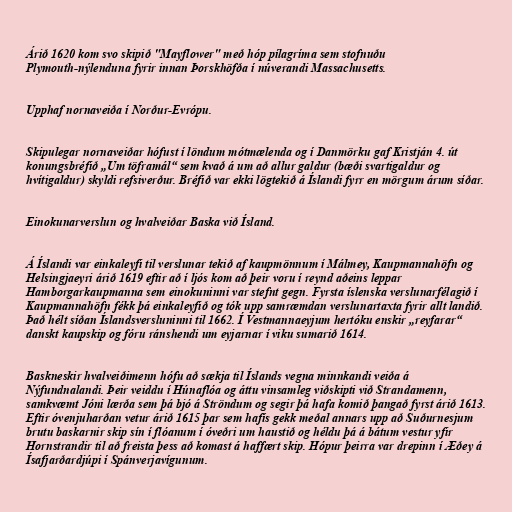
Árið 1620 kom svo skipið "Mayflower" með hóp pílagríma sem stofnuðu
Plymouth-nýlenduna fyrir innan Þorskhöfða í núverandi Massachusetts.

Upphaf nornaveiða í Norður-Evrópu.

Skipulegar nornaveiðar hófust í löndum mótmælenda og í Danmörku gaf Kristján 4. út
konungsbréfið „Um töframál“ sem kvað á um að allur galdur (bæði svartigaldur og
hvítigaldur) skyldi refsiverður. Bréfið var ekki lögtekið á Íslandi fyrr en mörgum árum síðar.

Einokunarverslun og hvalveiðar Baska við Ísland.

Á Íslandi var einkaleyfi til verslunar tekið af kaupmönnum í Málmey, Kaupmannahöfn og
Helsingjaeyri árið 1619 eftir að í ljós kom að þeir voru í reynd aðeins leppar
Hamborgarkaupmanna sem einokuninni var stefnt gegn. Fyrsta íslenska verslunarfélagið í
Kaupmannahöfn fékk þá einkaleyfið og tók upp samræmdan verslunartaxta fyrir allt landið.
Það hélt síðan Íslandsversluninni til 1662. Í Vestmannaeyjum hertóku enskir „reyfarar“
danskt kaupskip og fóru ránshendi um eyjarnar í viku sumarið 1614.

Baskneskir hvalveiðimenn hófu að sækja til Íslands vegna minnkandi veiða á
Nýfundnalandi. Þeir veiddu í Húnaflóa og áttu vinsamleg viðskipti við Strandamenn,
samkvæmt Jóni lærða sem þá bjó á Ströndum og segir þá hafa komið þangað fyrst árið 1613.
Eftir óvenjuharðan vetur árið 1615 þar sem hafís gekk meðal annars upp að Suðurnesjum
brutu baskarnir skip sín í flóanum í óveðri um haustið og héldu þá á bátum vestur yfir
Hornstrandir til að freista þess að komast á haffært skip. Hópur þeirra var drepinn í Æðey á
Ísafjarðardjúpi í Spánverjavígunum.